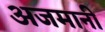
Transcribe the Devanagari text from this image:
अजमानी